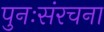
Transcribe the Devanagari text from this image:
पुनःसंरचना